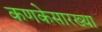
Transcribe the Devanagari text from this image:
कणकेसारख्या